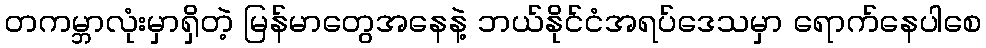
တကမ္ဘာလုံးမှာရှိတဲ့ မြန်မာတွေအနေနဲ့ ဘယ်နိုင်ငံအရပ်ဒေသမှာ ရောက်နေပါစေ